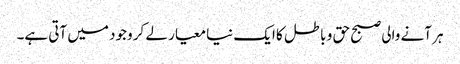
ہر آنے والی صبح حق و باطل کا ایک نیا معیار لے کر وجود میں آتی ہے۔